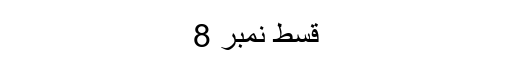
قسط نمبر 8